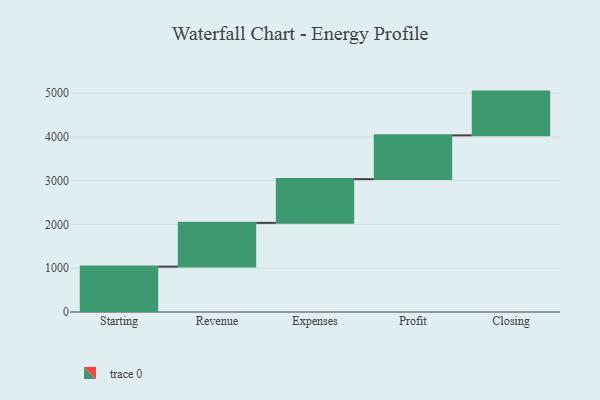
{"axis": {"x": "Step", "y": "Value"}, "legend": [""], "data": [{"x": "Starting", "y": 1037.0, "type": ""}, {"x": "Revenue", "y": 1000, "type": ""}, {"x": "Expenses", "y": 1000, "type": ""}, {"x": "Profit", "y": 1000, "type": ""}, {"x": "Closing", "y": 1000, "type": ""}]}